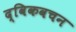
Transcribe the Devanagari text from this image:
द्विकवचन